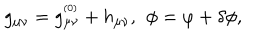
LaTeX: g _ { \mu \nu } = g _ { \mu \nu } ^ { ^ \mathrm { ( 0 ) } } + h _ { \mu \nu } , \, \ \phi = \varphi + \delta \phi ,